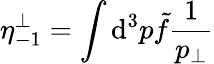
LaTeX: \eta_{-1}^{\perp}=\int\mathrm{d}^{3}p\tilde{{f}}{\frac{{1}}{{p_{\perp}}}}